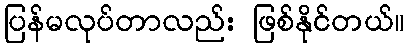
ပြန်မလုပ်တာလည်း ဖြစ်နိုင်တယ်။